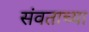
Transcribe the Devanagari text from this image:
संवताच्या